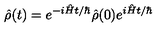
\hat { \rho } ( t ) = e ^ { - i \hat { H } t / \hbar } \hat { \rho } ( 0 ) e ^ { i \hat { H } t / \hbar }